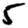
Digit: 5